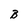
Character: B